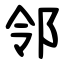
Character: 邻